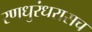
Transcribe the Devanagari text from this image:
रणधुरंधरासच